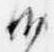
沙